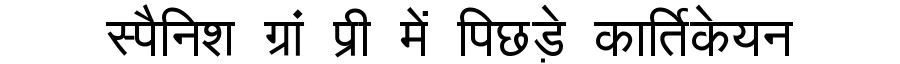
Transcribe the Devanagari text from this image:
स्पैनिश ग्रां प्री में पिछड़े कार्तिकेयन